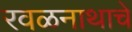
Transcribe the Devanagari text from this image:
रवळनाथाचे